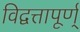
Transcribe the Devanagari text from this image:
विद्वत्तापूर्ण्‌